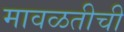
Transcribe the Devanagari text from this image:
मावळतीची